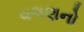
વલણનો